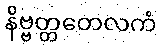
နိဗ္ဗတ္တတေလကံ